Annual report of the Prince of Wales Medical College, Patna
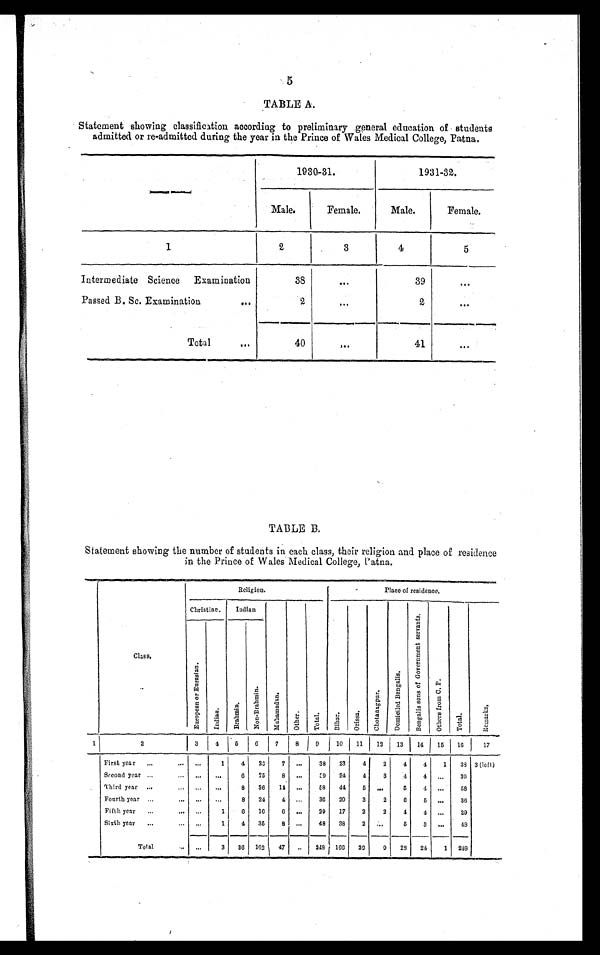
5
TABLE A.
Statement showing classification according to preliminary general education of students
admitted or re-admitted during the year in the Prince of Wales Medical College, Patna.
—
1930-31.
1931-32.
Male.
Female.
Male.
Female.
1
2
3
4
5
Intermediate Science Examination
38
•••
39
...
Passed B.Sc. Examination ...
2
. . .
2
...
Total ...
40
...
41
. . .
TABLE B.
Statement showing the number of students in each class, their religion and place of residence
in the Prince of Wales Medical College, Patna.
Class.
Religion.
Place of residence.
Christian.
Indian
M u h a m a d a n .
O t h e r . T o t a l .
B i h a r . O r i s s a .
C h o t a n a g p u r .
D o m i c i l e d B e n g a l i s .
B e n g a l i s s o n s o f G o v e r n m e n t s e r v a n t s .
Ot h e r s f r o m C . P .
T o t a l .
R e m a r k s .
E u r o p e a n a n d E u r a s i a n .
I n d i a n .
B r a h m i n .
N o n - B r a h m i n .
1
2
3
4
5
6 7
8
9
10
11
12
13
14
15
16
1 7
First year
...
...
. . .
1
4
26
7 ...
38
23
4
2
4
4
1
38 3 (left)
Second year
. . .
...
...
...
6
25
8 ...
3 9 24
4
3
4
4 ...
39
Third year ...
. . . . . .
. . .
8
36
14 ...
58
44
5
...
5
4 ...
58
Fourth year
. . .
. . .
. . .
...
8
24
4 ...
36 20
3
2
6
5 ...
36
Fifth year
. . .
...
. . .
1
6 16
6 ...
29 17
2
2
4
4
. . .
29
Sixth year
...
. . .
. . .
1
4
35
8 ...
48
38
2 ...
5
3
. . .
48
Total
. . . . . .
3
3 6
1 6 2
47
. .
248 166 20
9 28 24
1 248